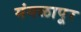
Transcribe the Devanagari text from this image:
मंगळापूर